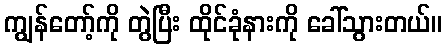
ကျွန်တော့်ကို တွဲပြီး ထိုင်ခုံနားကို ခေါ်သွားတယ်။